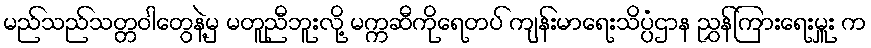
မည်သည်သတ္တဝါတွေနဲ့မှ မတူညီဘူးလို့ မက္ကဆီကိုရေတပ် ကျန်းမာရေးသိပ္ပံဌာန ညွှန်ကြားရေးမှူး က